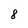
Character: 8